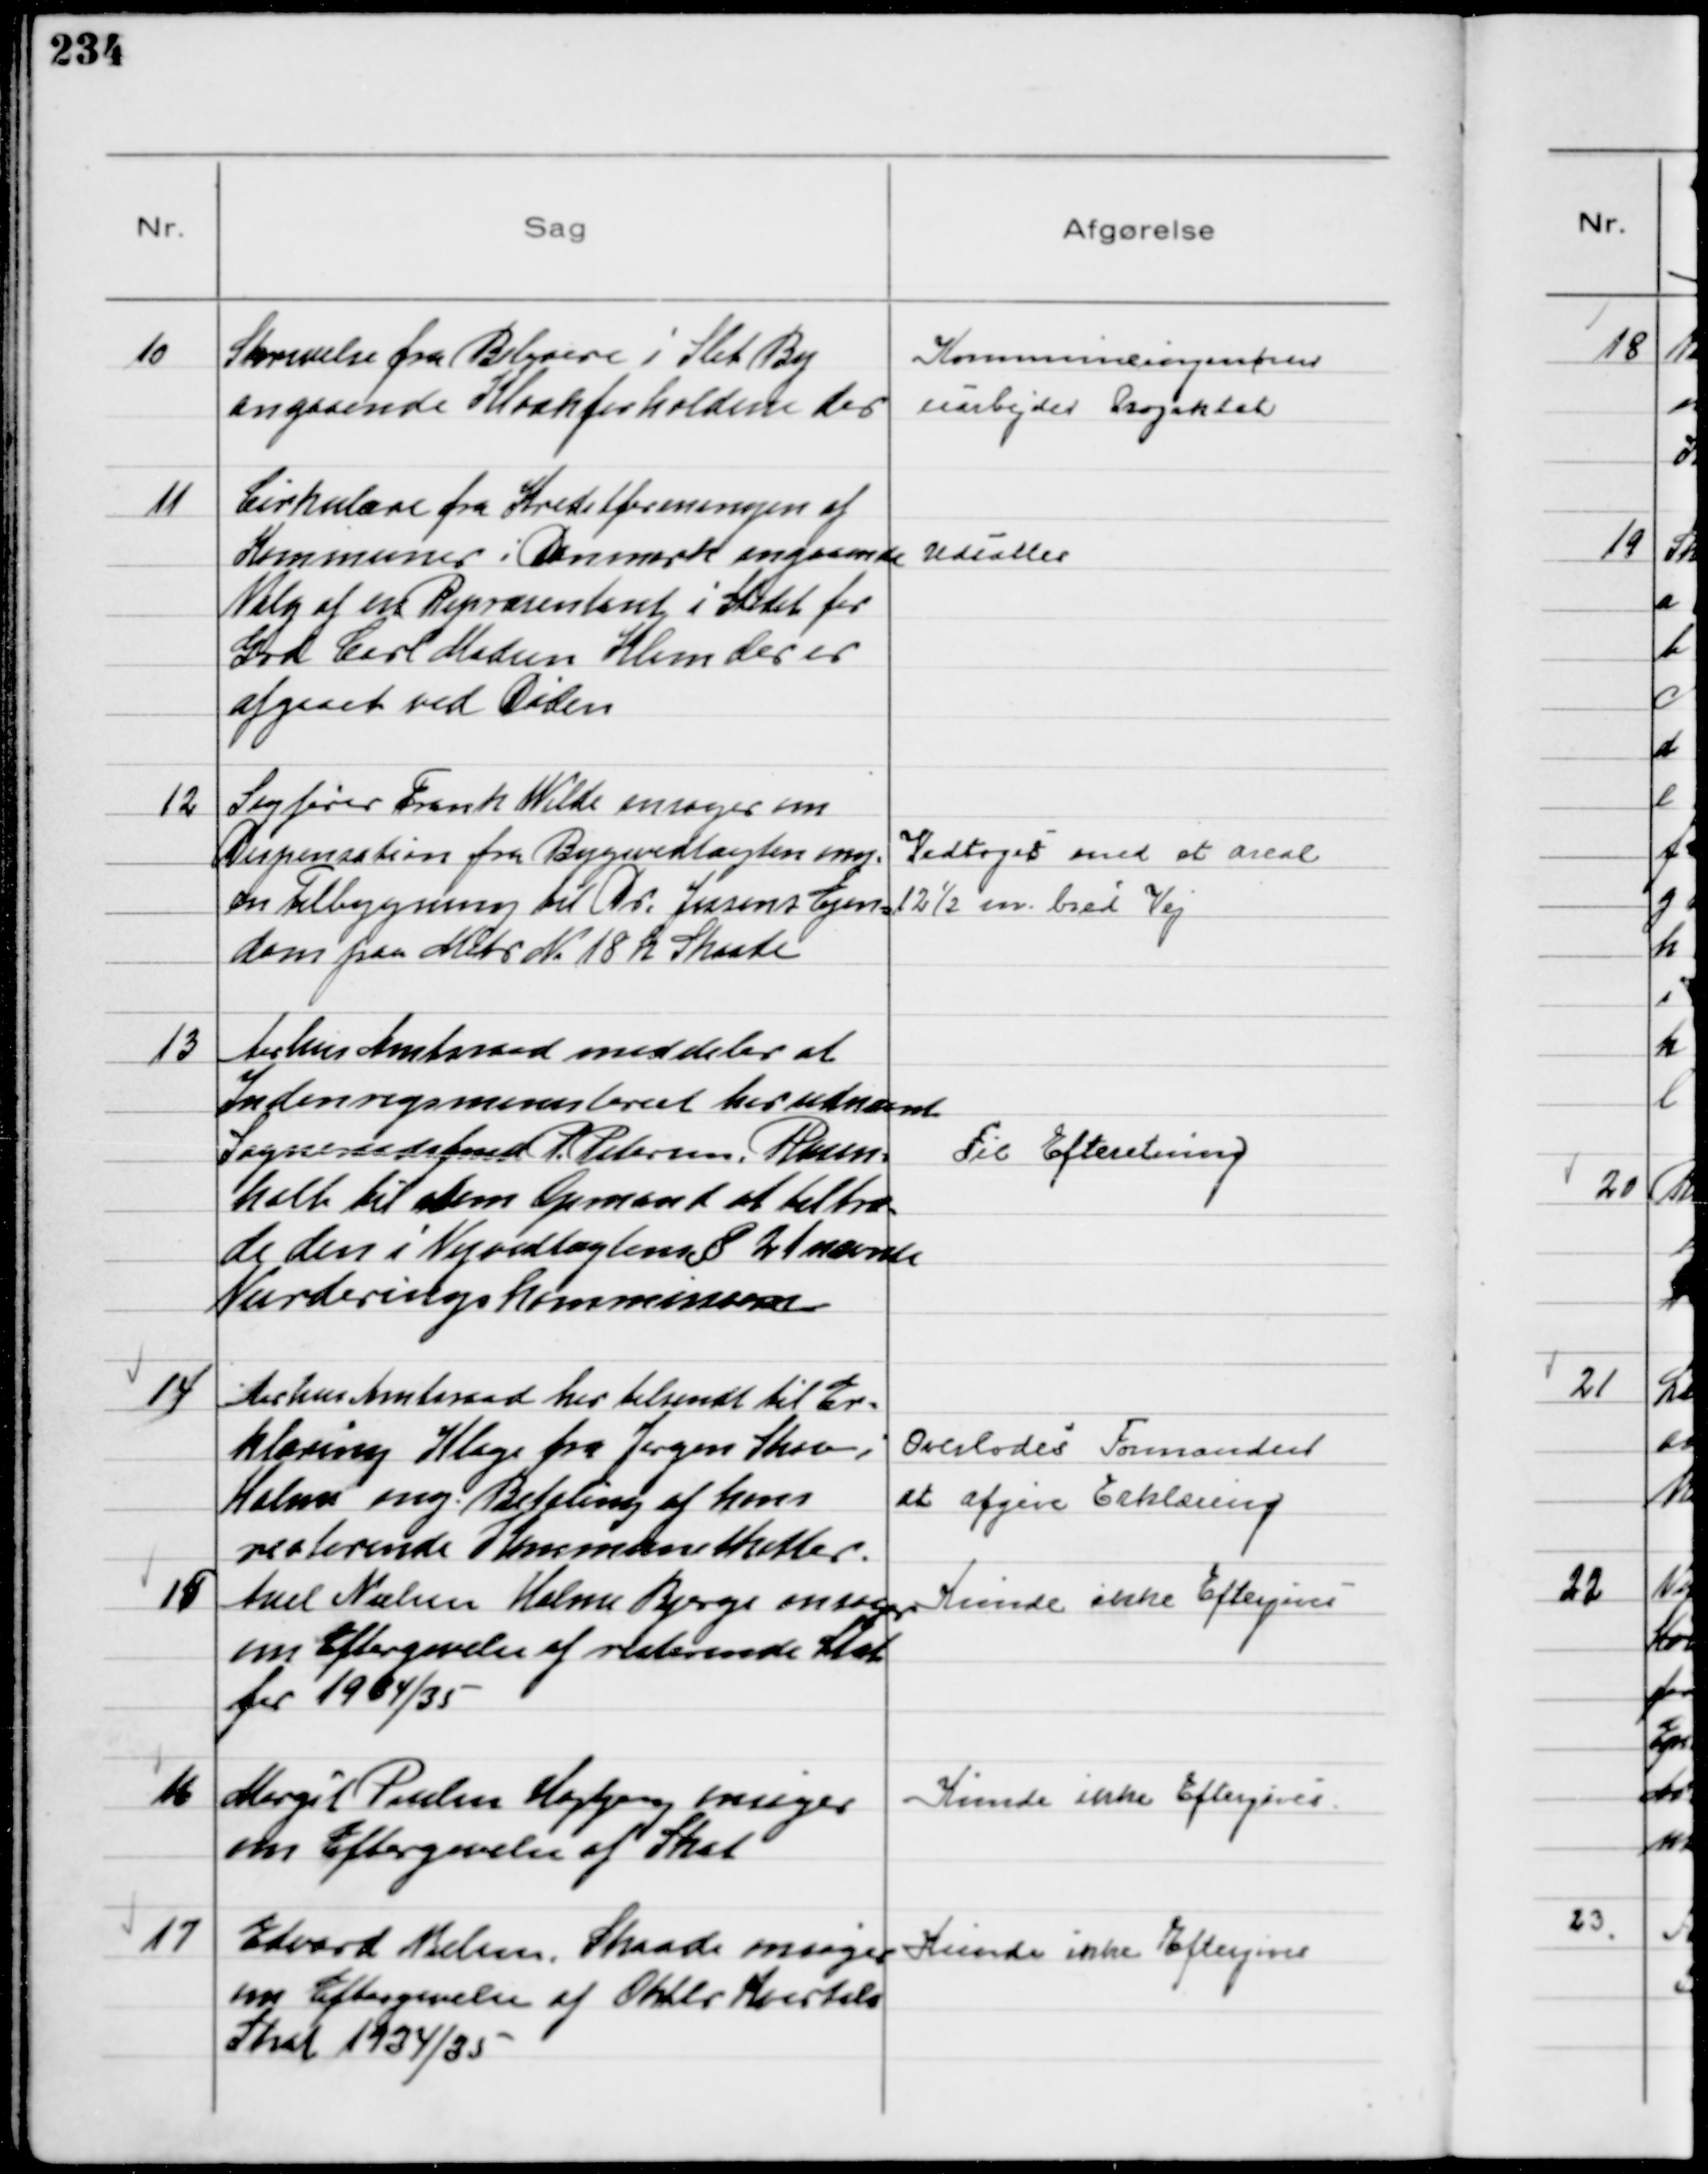
Transskription:
10
Skrivelse fra Beboere i Slet By
angaaende Kloakforholdene der

Kommuneingeniøren
uarbejder Projektet

11
Cirkulære fra Kreditforeningen af
Kommuner i Danmark angaaende
Valg af en Repræsentant i Stedet for
Grd Carl Madsen Klim der er
afgaaet ved Døden

Udsattes

12
Sagfører Frank Wilde ansøger om
Dispensation fra Bygevedtægten ang.
en Tilbygning til Dr. Jensens Ejen-
dom paa Matr N 18 h Skaade

Vedtoges med et Areal
12½ m. bred Vej

13
Aarhus Amtsraad meddeler at
Indenrigsministeriet har udnævnt
Sogneraadsfmd R. Petersen Rosen-
holt til som Opmand at tiltræ-
de den i Vejvedtægten § 21 nævnte
Vurderingskommission

Til Efteretning

14
Aarhus Amtsraad har tilsendt til Er-
klæring Klage fra Jørgen Skov i
Holme ang. Betaling af hans
resterende Kommuneskatter.

Overlodes Formanden
at afgive Erklæring

15
Axel Nielsen Holme Bjerge ansøger
om Eftergivelse af resterende Skat
for 1934/35

Kunde ikke Eftergives

16
Margit Paulsen Højbjerg ansøger
om Eftergivelse af Skat

Kunde ikke Eftergives

17
Edvard Nielsen, Skaade ansøger
om Eftergivelse af Oktbr Kvartals
Skat 1934/35

Kunde ikke Eftergives